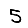
Digit: 5